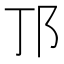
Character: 邒